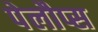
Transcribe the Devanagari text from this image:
पेलौप्स